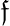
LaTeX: \mathfrak{f}